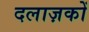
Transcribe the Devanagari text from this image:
दलाज़कों